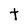
Character: t